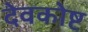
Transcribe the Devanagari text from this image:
देवकोष्ट